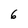
Character: 6